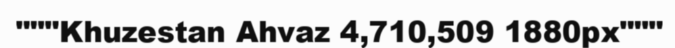
"""Khuzestan Ahvaz 4,710,509 1880px"""